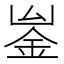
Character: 𨥣